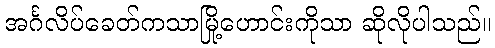
အင်္ဂလိပ်ခေတ်ကသာမြို့ဟောင်းကိုသာ ဆိုလိုပါသည်။